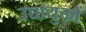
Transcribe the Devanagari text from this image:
उच्चायुक्तों